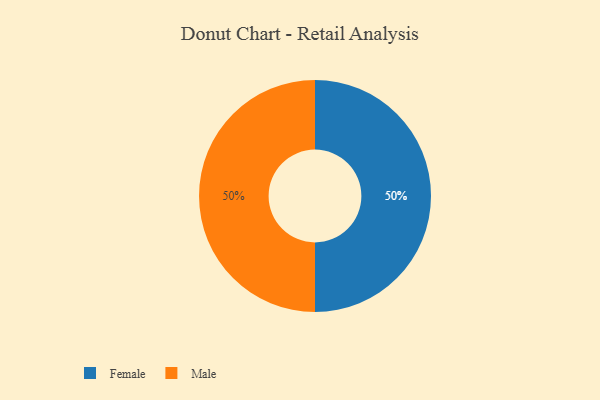
{"axis": {"x": "Category", "y": "Percentage"}, "legend": ["Female", "Male"], "data": [{"x": "Female", "y": 50, "type": "Female"}, {"x": "Male", "y": 50, "type": "Male"}]}